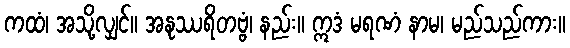
ကထံ၊ အသို့လျှင်။ အနုဿရိတဗ္ဗံ၊ နည်း။ ဣဒံ မရဏံ နာမ၊ မည်သည်ကား။